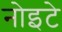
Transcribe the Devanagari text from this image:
नोइटे